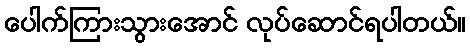
ပေါက်ကြားသွားအောင် လုပ်ဆောင်ရပါတယ်။